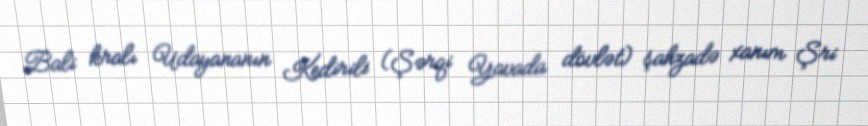
Bali kralı Udayananın Kedirili (Şərqi Yavada dövlət) şahzadə xanım Şri